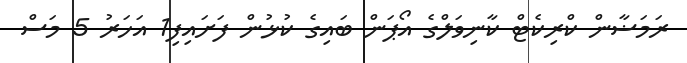
ރަމަޟާން ކްރިކެޓް ކާނިވަލްގެ އޯޕަން ބައިގެ ކުޅުން ފަށައިފި1 އަހަރު 5 މަސް